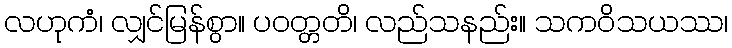
လဟုကံ၊ လျှင်မြန်စွာ။ ပဝတ္တတိ၊ လည်သနည်း။ သကဝိသယဿ၊